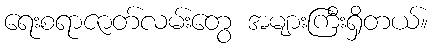
ရေးစရာဇာတ်လမ်းတွေ အများကြီးရှိတယ်။